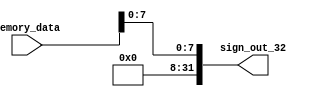
module SignExtend8(
    input   wire   [31:0]   memory_data,
    output  wire   [31:0]   sign_out_32 
);

    assign sign_out_32 = {{24{1'b0}}, memory_data[7:0]}; 

endmodule